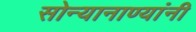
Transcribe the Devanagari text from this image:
सोन्यानाण्यांनी